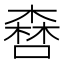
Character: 𠾤